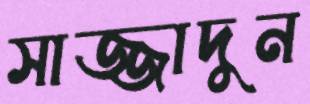
সাজ্জাদুন